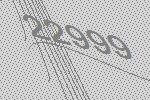
22999